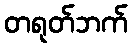
တရုတ်ဘက်